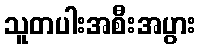
သူတပါးအစီးအပွား